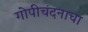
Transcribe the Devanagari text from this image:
गोपीचंदनाचा